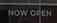
now